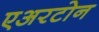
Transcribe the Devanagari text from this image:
एअरटोन